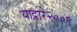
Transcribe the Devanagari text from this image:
याद्वारे२००९